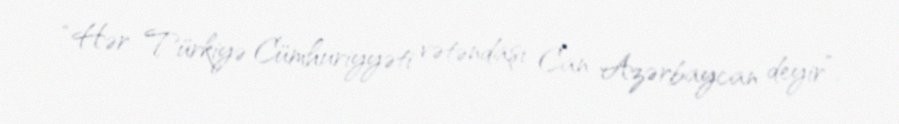
“Hər Türkiyə Cümhuriyyəti vətəndaşı Can Azərbaycan deyir”.